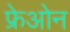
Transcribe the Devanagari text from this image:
फ्रेओन